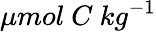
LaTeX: \mu mol~C~kg^{-1}